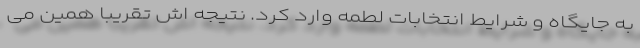
به جایگاه و شرایط انتخابات لطمه وارد کرد. نتیجه اش تقریبا همین می